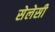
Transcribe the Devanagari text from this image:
सेलेसी